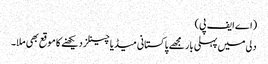
(اے ایف پی)
دلی میں پہلی بار مجھے پاکستانی میڈیا چینلز دیکھنے کا موقع بھی ملا۔